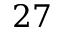
2 7